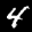
Label: 4